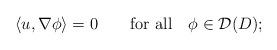
LaTeX: \begin{align*} \langle u,\nabla \phi \rangle=0\qquad\mbox{for all}\quad\phi \in {\mathcal D}(D); \end{align*}